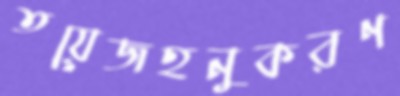
তয়েজহনুকরণ